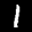
Label: 1